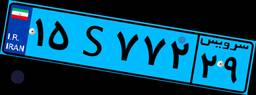
۷۴S۹۴۱۹۶